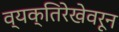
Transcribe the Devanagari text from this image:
व्यक्तिरेखेवरून